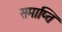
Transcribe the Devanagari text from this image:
समाप्‍ति